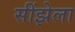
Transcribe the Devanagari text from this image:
सींझेला